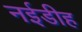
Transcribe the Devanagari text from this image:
नईडीह